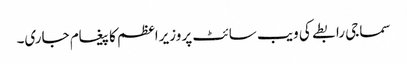
سماجی رابطے کی ویب سائٹ پر وزیراعظم کا پیغام جاری۔